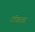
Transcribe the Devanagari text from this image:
टॉवरवर